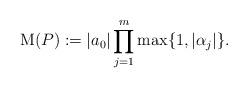
LaTeX: \begin{align*}{\rm M}(P) := |a_0| \prod_{j=1}^{m} \max\{1, |\alpha_j|\}. \end{align*}